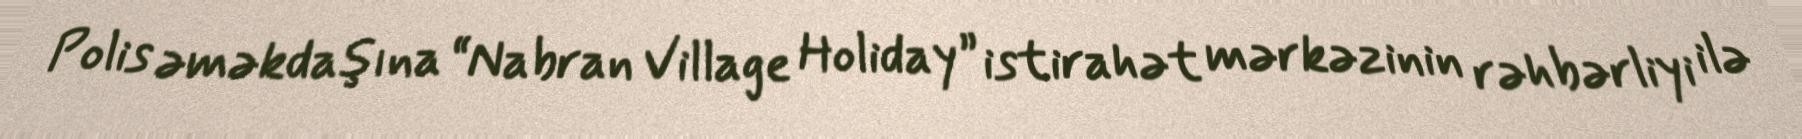
Polis əməkdaşına “Nabran Village Holiday” istirahət mərkəzinin rəhbərliyi ilə